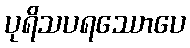
ပုရိသပရဿောပေ